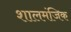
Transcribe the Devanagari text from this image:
शालमंजिक